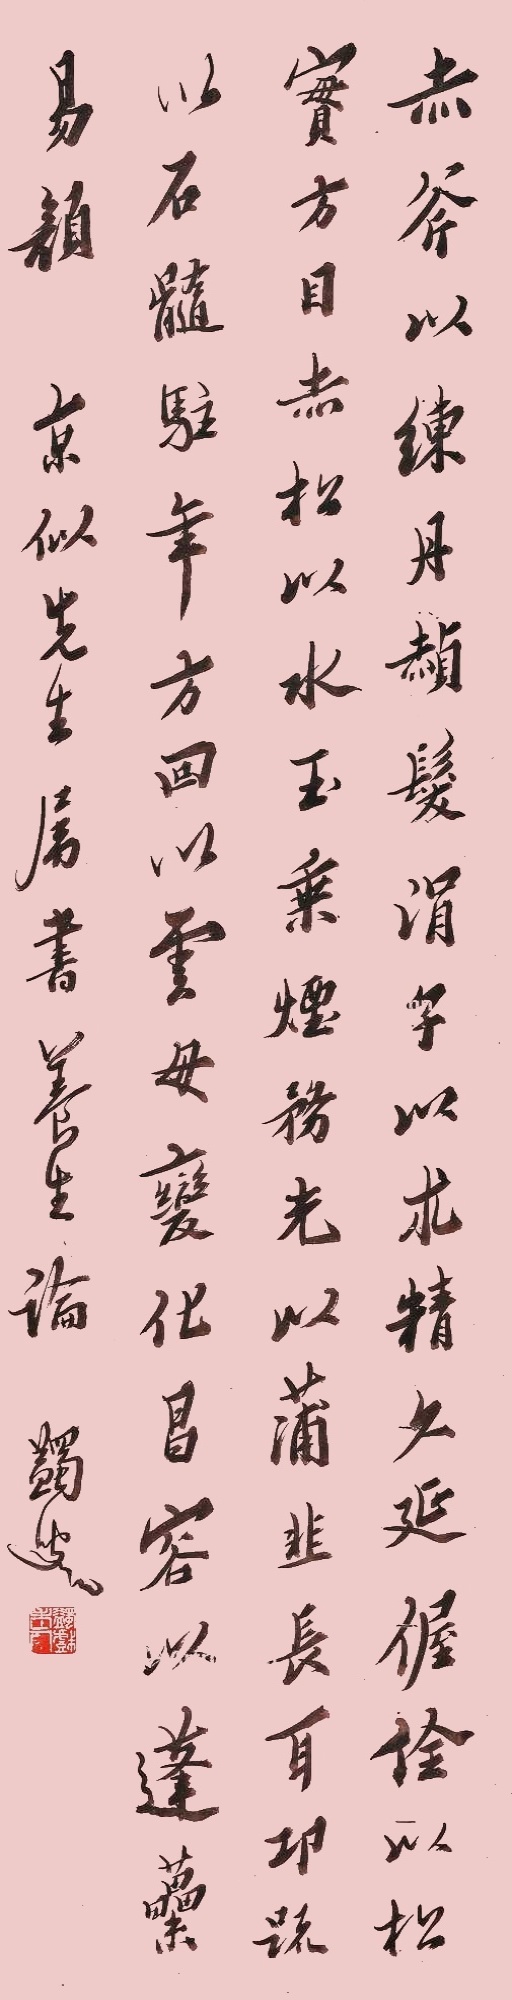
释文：赤斧以练丹赪发，涓子以术精久延，偓佺以松实方目，赤松以水玉乘烟，务光以蒲韭长耳，邛疏以石髓驻年，方回以云母变化，昌容以蓬蔂易颜。京似先生属书《养生论》，蠲叟。